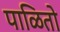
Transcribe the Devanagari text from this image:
पाळितो